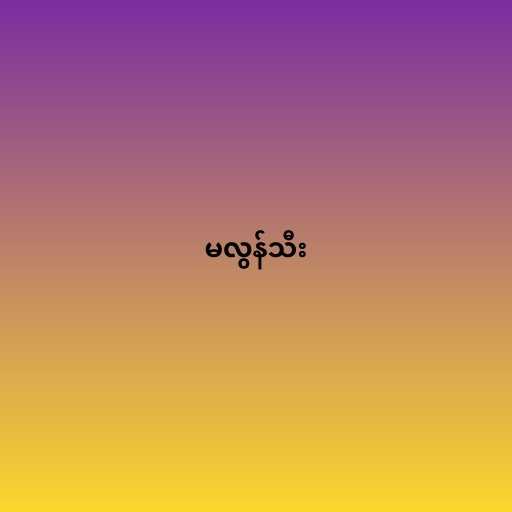
မလွန်သီး